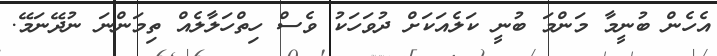
އެހެން ބުނީމާ މަންމަ ބުނީ ކަލެއަކަށް ދުވަހަކު ވެސް ހިތްހަލާލެއް ތިމަންނަ ނުދޭނަމޭ.